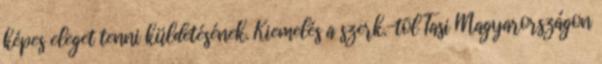
képes eleget tenni küldetésének. Kiemelés a szerk.-tõl Tasi Magyarországon